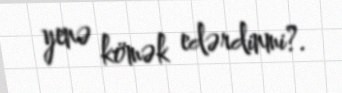
yenə kömək edərdinmi?.